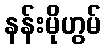
နန်းမိုဟွမ်